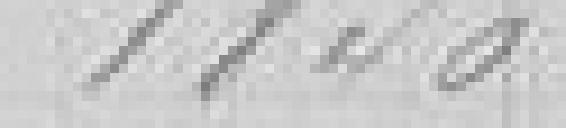
1840